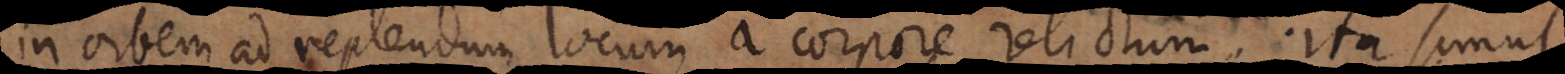
in orbem ad replendum locum a corpore relictum. Ita simul